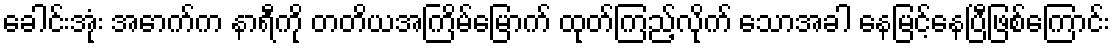
ခေါင်းအုံး အောက်က နာရီကို တတိယအကြိမ်မြောက် ထုတ်ကြည့်လိုက် သောအခါ နေမြင့်နေပြီဖြစ်ကြောင်း